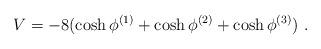
LaTeX: \begin{align*}V=-8(\cosh\phi^{(1)}+\cosh\phi^{(2)} +\cosh\phi^{(3)})\ .\end{align*}